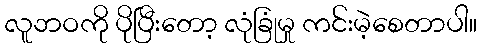
လူဘဝကို ပိုပြီးတော့ လုံခြုံမှု ကင်းမဲ့စေတာပါ။